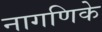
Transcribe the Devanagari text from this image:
नागणिके